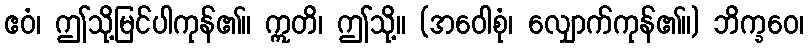
ဧဝံ၊ ဤသို့မြင်ပါကုန်၏။ ဣတိ၊ ဤသို့။ (အဝေါစုံ၊ လျှောက်ကုန်၏။) ဘိက္ခဝေ၊